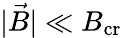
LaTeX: |\vec{B}|\ll B_{\mathrm{cr}}